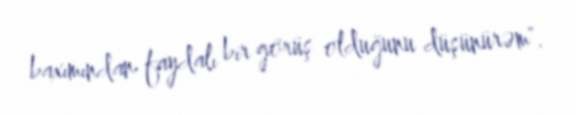
baxımından faydalı bir görüş olduğunu düşünürəm".